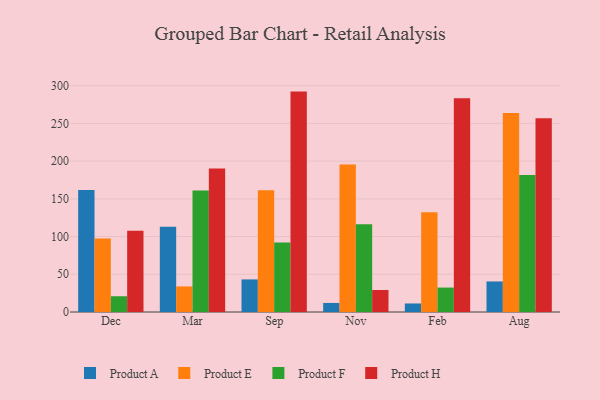
{"axis": {"x": "Month", "y": "Production Output"}, "legend": ["Product A", "Product E", "Product F", "Product H"], "data": [{"x": "Dec", "y": 161.7, "type": "Product A"}, {"x": "Dec", "y": 97.6, "type": "Product E"}, {"x": "Dec", "y": 20.9, "type": "Product F"}, {"x": "Dec", "y": 107.6, "type": "Product H"}, {"x": "Mar", "y": 113.1, "type": "Product A"}, {"x": "Mar", "y": 33.9, "type": "Product E"}, {"x": "Mar", "y": 161.2, "type": "Product F"}, {"x": "Mar", "y": 190.4, "type": "Product H"}, {"x": "Sep", "y": 43.2, "type": "Product A"}, {"x": "Sep", "y": 161.5, "type": "Product E"}, {"x": "Sep", "y": 92.2, "type": "Product F"}, {"x": "Sep", "y": 292.2, "type": "Product H"}, {"x": "Nov", "y": 12.0, "type": "Product A"}, {"x": "Nov", "y": 195.5, "type": "Product E"}, {"x": "Nov", "y": 116.3, "type": "Product F"}, {"x": "Nov", "y": 29.2, "type": "Product H"}, {"x": "Feb", "y": 11.3, "type": "Product A"}, {"x": "Feb", "y": 132.3, "type": "Product E"}, {"x": "Feb", "y": 32.4, "type": "Product F"}, {"x": "Feb", "y": 283.5, "type": "Product H"}, {"x": "Aug", "y": 40.5, "type": "Product A"}, {"x": "Aug", "y": 263.8, "type": "Product E"}, {"x": "Aug", "y": 181.7, "type": "Product F"}, {"x": "Aug", "y": 257.0, "type": "Product H"}]}